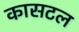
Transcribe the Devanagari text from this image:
कासटल